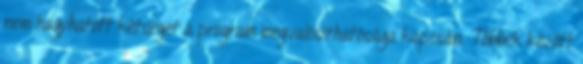
nem hagyhatott kétséget a program megvalósíthatósága kapcsán. Többek között